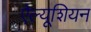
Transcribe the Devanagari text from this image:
ऐल्यूशियन